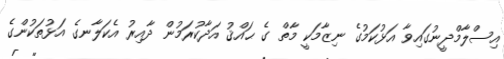
އިސްލާމްދީނުގައިވާ އަޅުކަމުގެ ނިޒާމަކީ މާތް ގެ ޙައްޤު އަދާކުރަމުން ދާއިރު އެކަލާނގެ އަޅުތަކުންގެ